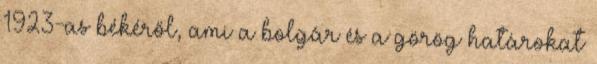
1923-as békéről, ami a bolgár és a görög határokat